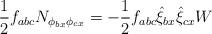
LaTeX: \begin{align*}\frac{1}{2}f_{abc}N_{\phi_{bx}\phi_{cx}}=-\frac{1}{2}f_{abc}\hat{\xi}_{bx}\hat{\xi}_{cx}W\end{align*}